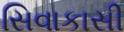
સિવાકાસી